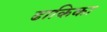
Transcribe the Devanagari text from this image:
ढाकिका